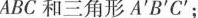
ABC和三角形A'B'C'；